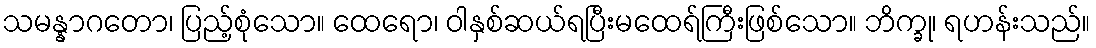
သမန္နာဂတော၊ ပြည့်စုံသော။ ထေရော၊ ဝါနှစ်ဆယ်ရပြီးမထေရ်ကြီးဖြစ်သော။ ဘိက္ခု၊ ရဟန်းသည်။